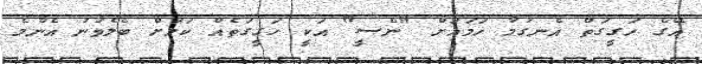
އޭގެ ހަގީގަތް އެނގުމާ ހަމައަށް "ނެސީ" އަކީ ހަގީގަތެއް ކަމަށް ބެލެވުނު އެންމެ